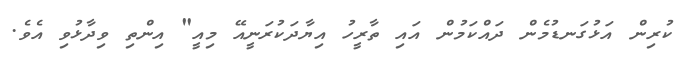
ކުރިން އަޅުގަނޑުމެން ދައްކަމުން އައި ތާރީހު އިޔާދަކުރަނީއޭ މިއީ" އިންތި ވިދާޅުވި އެވެ.